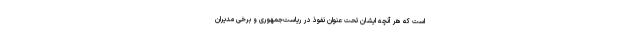
است که هر آنچه ایشان تحت عنوان نفوذ در ریاست‌جمهوری و برخی مدیران